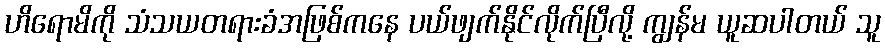
ဟိရောမိကို သံသယတရားခံအဖြစ်ကနေ ပယ်ဖျက်နိုင်လိုက်ပြီလို့ ကျွန်မ ယူဆပါတယ် သူ